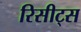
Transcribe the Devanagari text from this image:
रिसीट्स